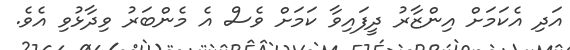
އަދި އެކަމަށް އިންޒާރު ދީފައިވާ ކަމަށް ވެސް އެ މެންބަރު ވިދާޅުވި އެވެ.